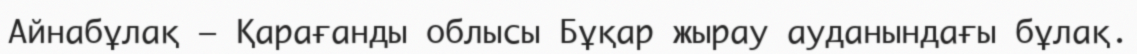
Айнабұлақ – Қарағанды облысы Бұқар жырау ауданындағы бұлақ.